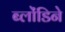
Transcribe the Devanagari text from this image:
ब्लोंडिने